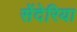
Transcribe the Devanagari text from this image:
सेंदेरिया